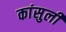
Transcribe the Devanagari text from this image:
कांसुली